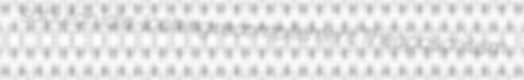
sabutan idle-looking recompilement Theopaschitism